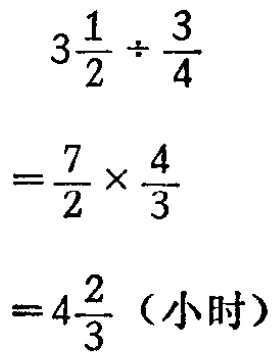
\[

\begin{align*}

3\frac{1}{2}\div\frac{3}{4}&\\

=\frac{7}{2}\times\frac{4}{3}&\\

=4\frac{2}{3} \text{（小时）}&

\end{align*}

\]